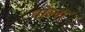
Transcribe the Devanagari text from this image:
वोल्वा